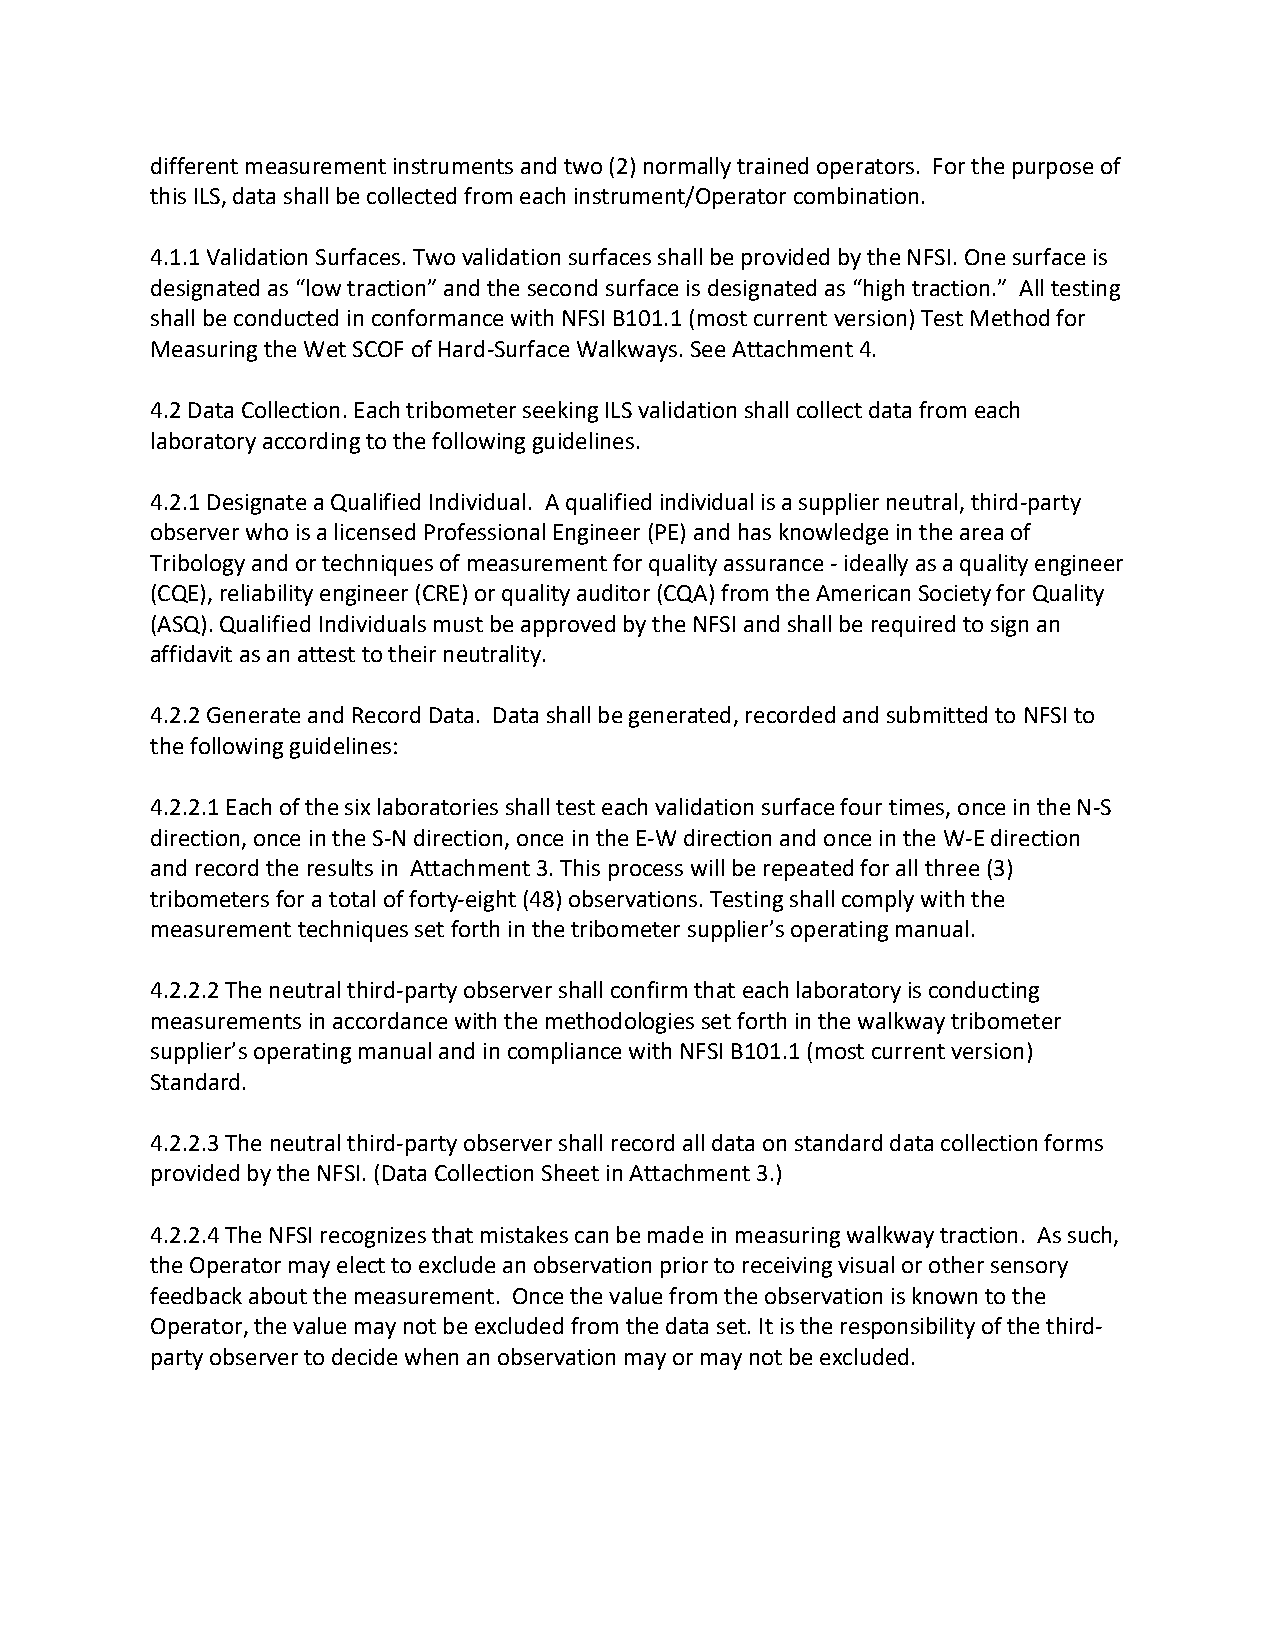
different measurement instruments and two (2) normally trained operators. For the purpose of
 this ILS, data shall be collected from each instrument/Operator combination.
 4.1.1 Validation Surfaces. Two validation surfaces shall be provided by the NFSI. One surface is
 designated as “low traction” and the second surface is designated as “high traction.” All testing
 shall be conducted in conformance with NFSI B101.1 (most current version) Test Method for
 Measuring the Wet SCOF of Hard-Surface Walkways. See Attachment 4.
 4.2 Data Collection. Each tribometer seeking ILS validation shall collect data from each
 laboratory according to the following guidelines.
 4.2.1 Designate a Qualified Individual. A qualified individual is a supplier neutral, third-party
 observer who is a licensed Professional Engineer (PE) and has knowledge in the area of
 Tribology and or techniques of measurement for quality assurance - ideally as a quality engineer
 (CQE), reliability engineer (CRE) or quality auditor (CQA) from the American Society for Quality
 (ASQ). Qualified Individuals must be approved by the NFSI and shall be required to sign an
 affidavit as an attest to their neutrality.
 4.2.2 Generate and Record Data. Data shall be generated, recorded and submitted to NFSI to
 the following guidelines:
 4.2.2.1 Each of the six laboratories shall test each validation surface four times, once in the N-S
 direction, once in the S-N direction, once in the E-W direction and once in the W-E direction
 and record the results in Attachment 3. This process will be repeated for all three (3)
 tribometers for a total of forty-eight (48) observations. Testing shall comply with the
 measurement techniques set forth in the tribometer supplier’s operating manual.
 4.2.2.2 The neutral third-party observer shall confirm that each laboratory is conducting
 measurements in accordance with the methodologies set forth in the walkway tribometer
 supplier’s operating manual and in compliance with NFSI B101.1 (most current version)
 Standard.
 4.2.2.3 The neutral third-party observer shall record all data on standard data collection forms
 provided by the NFSI. (Data Collection Sheet in Attachment 3.)
 4.2.2.4 The NFSI recognizes that mistakes can be made in measuring walkway traction. As such,
 the Operator may elect to exclude an observation prior to receiving visual or other sensory
 feedback about the measurement. Once the value from the observation is known to the
 Operator, the value may not be excluded from the data set. It is the responsibility of the third-
 party observer to decide when an observation may or may not be excluded.